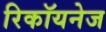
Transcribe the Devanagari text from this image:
रिकॉयनेज